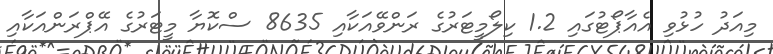
މިއަދު ހުޅުވި އެއާޕޯޓުގައި 1.2 ކިލޯމީޓަރުގެ ރަންވޭއަކާއި 8635 ސްކޮޔާ މީޓަރުގެ އޭޕްރަންއަކާއި